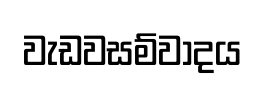
වැඩවසම්වාදය